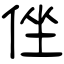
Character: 侳